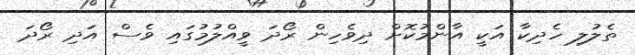
ތެލުލި ހެދިކާ އަކީ އާންމުކޮށް ދިވެހިން ރޯދަ ވީއްލުމުގައި ވެސް އަދި ރޯދަ